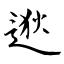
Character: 逖